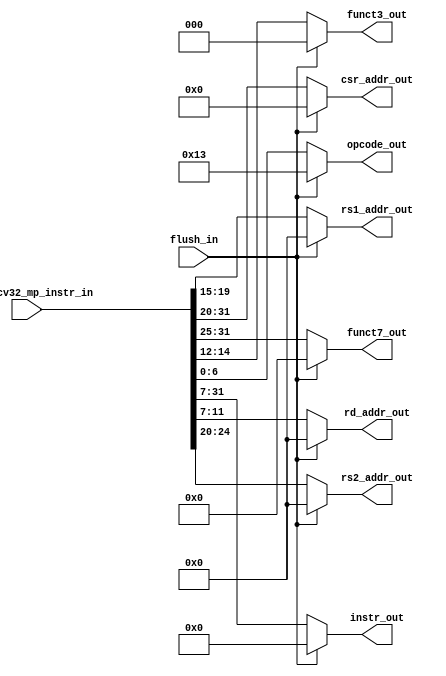
module msrv32_instruction_decoder(
    flush_in, ms_riscv32_mp_instr_in, 
    opcode_out, funct3_out, funct7_out, rs1_addr_out, rs2_addr_out, rd_addr_out, csr_addr_out, instr_out);

    parameter WIDTH = 32;
    parameter ADDR_WIDTH = 5; 

    input flush_in;
    input [WIDTH-1:0]ms_riscv32_mp_instr_in;

    output reg [6:0]opcode_out, funct7_out;
    output reg [2:0] funct3_out;
    output reg [ADDR_WIDTH-1:0]rs1_addr_out, rs2_addr_out, rd_addr_out;
    output reg [11:0]csr_addr_out;
    output reg [24:0]instr_out;
    reg [WIDTH-1:0] instr_mux_temp;


    always@(*) begin        

        if(flush_in)begin
            instr_mux_temp = 32'h00000013;
                begin
                    opcode_out = instr_mux_temp[6:0];
                    funct3_out = instr_mux_temp[14:12];
                    funct7_out = instr_mux_temp[31:25];
                    csr_addr_out = instr_mux_temp[31:20];
                    rs1_addr_out = instr_mux_temp[19:15];
                    rs2_addr_out = instr_mux_temp[24:20];
                    rd_addr_out = instr_mux_temp[11:7];
                    instr_out = instr_mux_temp[31:7];    
                end
        end

        else begin
            instr_mux_temp = ms_riscv32_mp_instr_in;
                begin
                    opcode_out = instr_mux_temp[6:0];
                    funct3_out = instr_mux_temp[14:12];
                    funct7_out = instr_mux_temp[31:25];
                    csr_addr_out = instr_mux_temp[31:20];
                    rs1_addr_out = instr_mux_temp[19:15];
                    rs2_addr_out = instr_mux_temp[24:20];
                    rd_addr_out = instr_mux_temp[11:7];
                    instr_out = instr_mux_temp[31:7];    
                end
                
        end

    end

endmodule